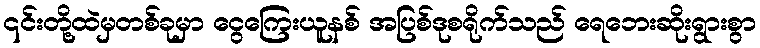
၎င်းတို့ထဲမှတစ်ခုမှာ ငွေကြေးယူနစ် အပြစ်ဒုစရိုက်သည် ရေဘေးဆိုးရွားစွာ